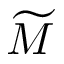
\widetilde { M }